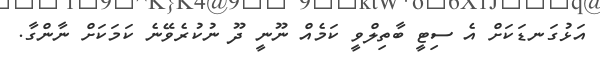
އަޅުގަނޑަކަށް އެ ސިޓީ ބާތިލްވީ ކަމެއް ނޫނީ ދޫ ނުކުރެވޭނެ ކަމަކަށް ނާންގާ.